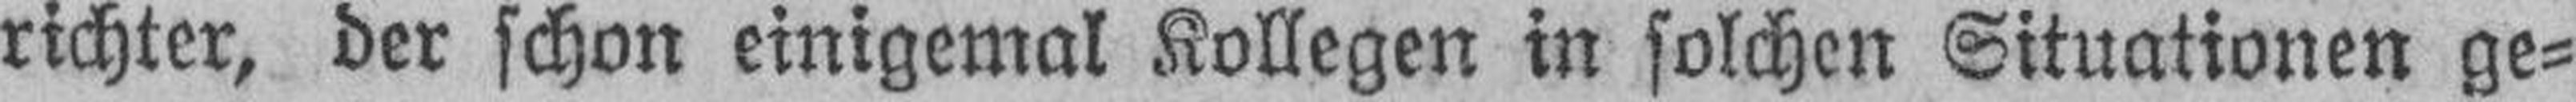
richter, der schon einigemal Kollegen in solchen Situationen ge¬